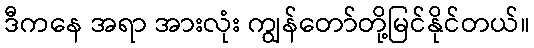
ဒီကနေ အရာ အားလုံး ကျွန်တော်တို့မြင်နိုင်တယ်။